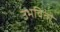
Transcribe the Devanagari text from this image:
उभवितां